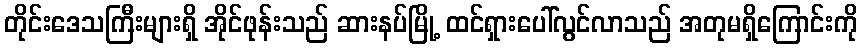
တိုင်းဒေသကြီးများရှိ အိုင်ဖုန်းသည် ဆားနပ်မြို့ ထင်ရှားပေါ်လွင်လာသည် အတုမရှိကြောင်းကို